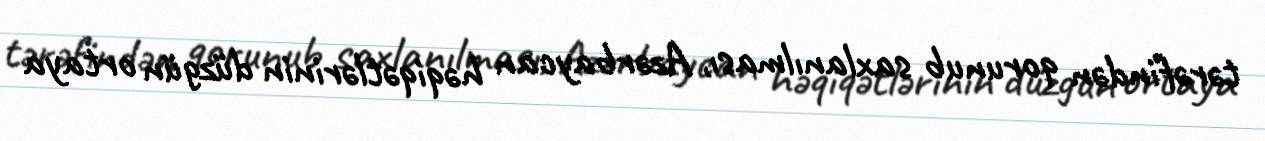
tərəfindən qorunub saxlanılması, Azərbaycan həqiqətlərinin düzgün ortaya